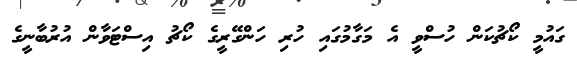
ގައުމީ ކޯޗުކަން ހުސްވީ އެ މަގާމުގައި ހުރި ހަންގޭރީގެ ކޯޗު އިސްޓަވާން އުރުބާނީގެ